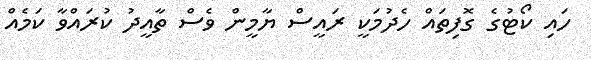
ހައި ކޯޓުގެ ގޮފިތައް ހެދުމަކީ ރައީސް ޔާމީން ވެސް ތާއީދު ކުރައްވާ ކަމެއް